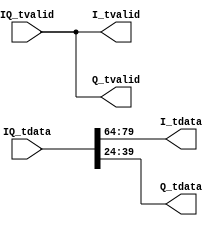
// Module: Truncate_IQ
// ===================
// Truncate IQ data on MSB.
//

`timescale 1ns / 1ps

module Truncate_IQ #(
  parameter I_WIDTH = 80, // input width
  parameter O_WIDTH = 16, // output width
  parameter MSB_TRUNCATE_BITS = 0 // truncate bits on MSB
) (
  input  signed [I_WIDTH-1:0] IQ_tdata,
  input                       IQ_tvalid,
  output signed [O_WIDTH-1:0] I_tdata,
  output                      I_tvalid,
  output signed [O_WIDTH-1:0] Q_tdata,
  output                      Q_tvalid
);
  localparam RIGHT_SHIFT = I_WIDTH/2 - O_WIDTH - MSB_TRUNCATE_BITS;  

  wire signed [I_WIDTH/2-1:0] I_in, Q_in;
  assign { I_in, Q_in } = IQ_tdata;
  // truncate bits with arithematic right shift
  assign I_tdata = I_in >>> RIGHT_SHIFT;
  assign Q_tdata = Q_in >>> RIGHT_SHIFT;
  // pass through valid signal
  assign I_tvalid = IQ_tvalid;
  assign Q_tvalid = IQ_tvalid;
endmodule